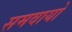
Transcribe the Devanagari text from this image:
समवायो